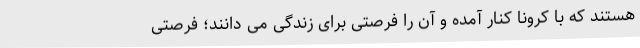
هستند که با کرونا کنار آمده و آن را فرصتی برای زندگی می دانند؛ فرصتی